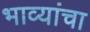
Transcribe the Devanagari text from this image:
भाव्यांचा